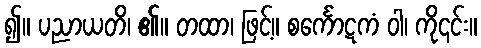
၍။ ပညာယတိ၊ ၏။ တထာ၊ ဖြင့်။ စင်္ကောဋကံ ဝါ၊ ကို၎င်း။